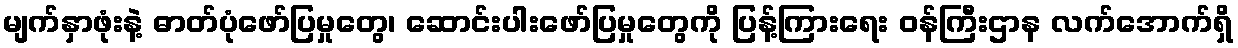
မျက်နှာဖုံးနဲ့ ဓာတ်ပုံဖော်ပြမှုတွေ၊ ဆောင်းပါးဖော်ပြမှုတွေကို ပြန့်ကြားရေး ဝန်ကြီးဌာန လက်အောက်ရှိ